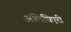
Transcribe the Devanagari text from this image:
अलिघिएरी